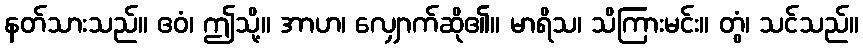
နတ်သားသည်။ ဧဝံ၊ ဤသို့။ အာဟ၊ လျှောက်ဆို၏။ မာရိသ၊ သိကြားမင်း။ တွံ၊ သင်သည်။